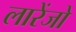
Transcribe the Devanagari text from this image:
लारेंजो